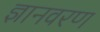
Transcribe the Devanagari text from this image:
ज्ञानवरण